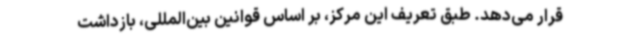
قرار می‌دهد. طبق تعریف این مرکز، بر اساس قوانین بین‌المللی، بازداشت